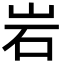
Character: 岩